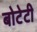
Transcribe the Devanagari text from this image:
बोटेटी